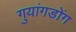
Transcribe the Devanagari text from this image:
गुयांगडोंग